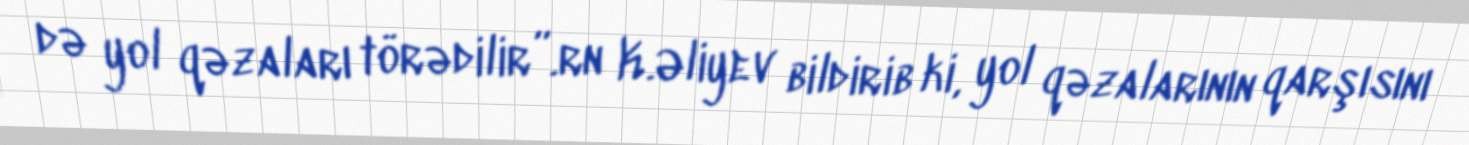
də yol qəzaları törədilir”.rn K.Əliyev bildirib ki, yol qəzalarının qarşısını